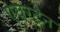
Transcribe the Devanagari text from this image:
एयरट्रेन